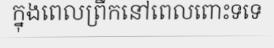
ក្នុងពេលព្រឹកនៅពេលពោះទទេ